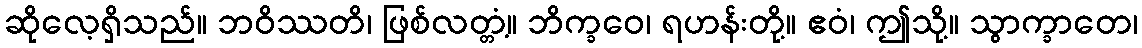
ဆိုလေ့ရှိသည်။ ဘဝိဿတိ၊ ဖြစ်လတ္တံ့။ ဘိက္ခဝေ၊ ရဟန်းတို့။ ဧဝံ၊ ဤသို့။ သွာက္ခာတေ၊